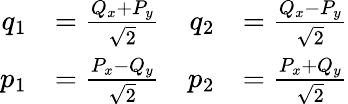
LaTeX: {\begin{array}{rlrl}{q_{1}}&{={\frac{Q_{x}+P_{y}}{\sqrt{2}}}}&{q_{2}}&{={\frac{Q_{x}-P_{y}}{\sqrt{2}}}}\\ {p_{1}}&{={\frac{P_{x}-Q_{y}}{\sqrt{2}}}}&{p_{2}}&{={\frac{P_{x}+Q_{y}}{\sqrt{2}}}}\end{array}}